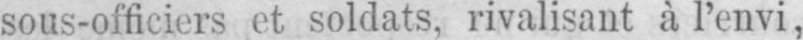
sous-officiers et soldats, rivalisant à l’envi,